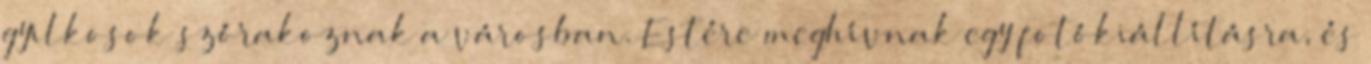
gyilkosok szórakoznak a városban. Estére meghívnak egy fotókiállításra, és